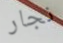
نجار